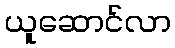
ယူဆောင်လာ